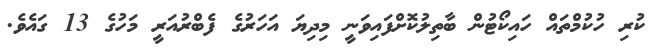
ކުރި ހުކުމްތައް ހައިކޯޓުން ބާތިލުކޮށްފައިވަނީ މިދިޔަ އަހަރުގެ ފެބްރުއަރީ މަހުގެ 13 ގައެވެ.